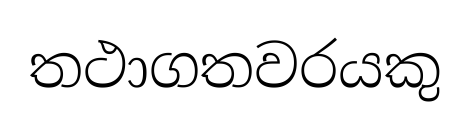
තථාගතවරයකු